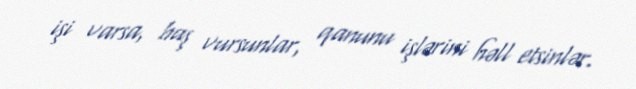
işi varsa, baş vursunlar, qanunu işlərini həll etsinlər.